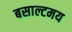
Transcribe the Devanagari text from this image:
बसाल्टमय